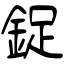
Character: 鋜